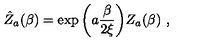
\hat { Z } _ { a } ( \beta ) = \exp \bigg ( a { \frac { \beta } { 2 \xi } } \bigg ) Z _ { a } ( \beta ) \ ,